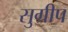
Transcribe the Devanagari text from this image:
सुग्रीप